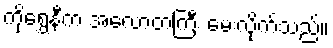
ကိုရွှေနီက အလောတကြီး မေးလိုက်သည်။